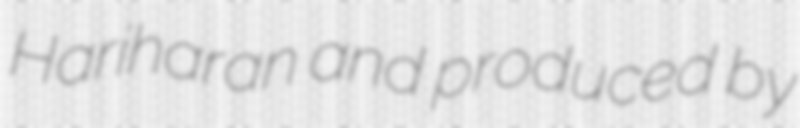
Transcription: Hariharan and produced by